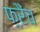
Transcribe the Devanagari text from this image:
फ़्रैंच